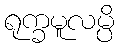
ရုက္ခမူလမ္ပိ